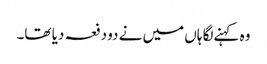
وہ کہنےلگا ہاں میں نے دو دفعہ دیا تھا۔